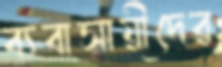
ব্যবাসায়ীদের